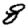
Digit: 8